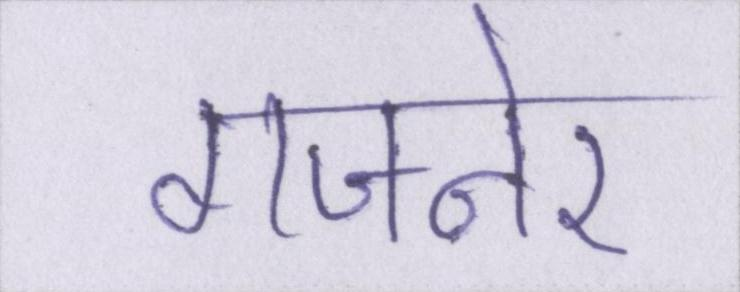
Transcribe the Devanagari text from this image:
गजनेर